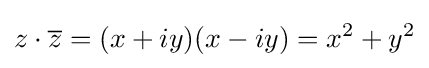
z\cdot {\overline {z}}=(x+iy)(x-iy)=x^{2}+y^{2}